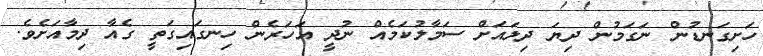
ހަށިގަނޑުން ނަގަމުން ދިޔަ ދިލައަށް ސަމާލުކަމެއް ނުދީ އަހަރެން ހިނގައިގަތީ ގެއާ ދިމާއަށެވެ.